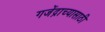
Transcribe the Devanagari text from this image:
गजेंद्राच्यासाठी